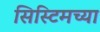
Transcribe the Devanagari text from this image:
सिस्टिमच्या